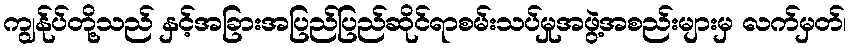
ကျွန်ုပ်တို့သည် နှင့်အခြားအပြည်ပြည်ဆိုင်ရာစမ်းသပ်မှုအဖွဲ့အစည်းများမှ လက်မှတ်၊